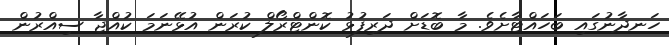
ހަނދާނުގައި ބަހައްޓާށެވެ. މާ ބޮޑަށް ދަރިފުޅު ކޮންޓްރޯލް ކުރަން އުޅޭނަމަ ކުއްޖާ ސިއްރުން